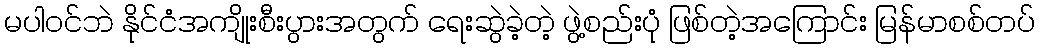
မပါဝင်ဘဲ နိုင်ငံအကျိုးစီးပွားအတွက် ရေးဆွဲခဲ့တဲ့ ဖွဲ့စည်းပုံ ဖြစ်တဲ့အကြောင်း မြန်မာစစ်တပ်